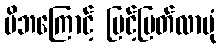
မိဘကြောင့် မြင့်မြတ်လာပုံ